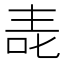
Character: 𱒷